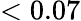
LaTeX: <0.07